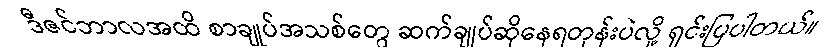
ဒီဇင်ဘာလအထိ စာချုပ်အသစ်တွေ ဆက်ချုပ်ဆိုနေရတုန်းပဲလို့ ရှင်းပြပါတယ်။